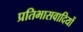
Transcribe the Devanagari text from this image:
प्रतिभासवादियों